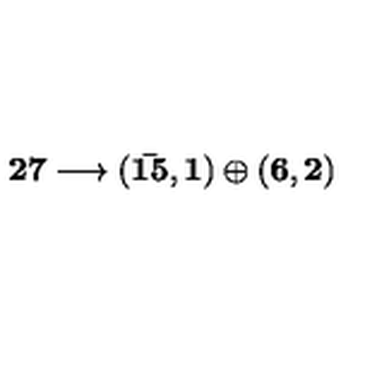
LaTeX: \bf 2 7 \longrightarrow ( { \bar { 1 5 } } , 1 ) \oplus ( 6 , 2 ) \,